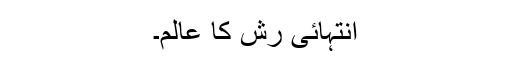
انتہائی رش کا عالم۔